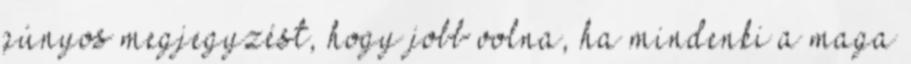
gúnyos megjegyzést, hogy jobb volna, ha mindenki a maga